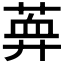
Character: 𦶯